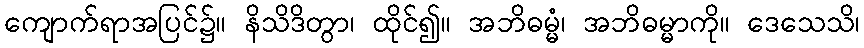
ကျောက်ရာအပြင်၌။ နိသိဒိတွာ၊ ထိုင်၍။ အဘိဓမ္မံ၊ အဘိဓမ္မာကို။ ဒေသေသိ၊